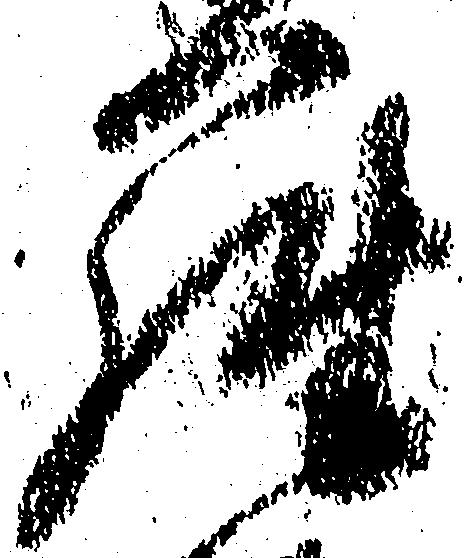
羅